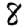
Digit: 8